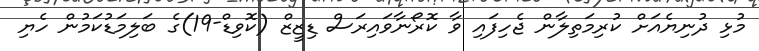
މުޅި ދުނިޔެއަށް ކުރިމަތިލާން ޖެހިފައި ވާ ކޮރޯނާވައިރަސް ޑިޒީޒް (ކޮވިޑް-19)ގެ ބަލިމަޑުކަމުން ހެޔި